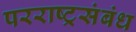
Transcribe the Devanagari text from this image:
परराष्ट्रसंबंध